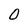
Character: O